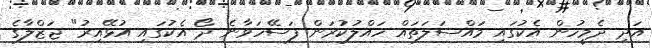
އަދި ދެމީހުން އެކުގައި މައްސަލަތައް ހައްލުކުރަން ފަސޭހަވާނެ ދޯ އެކުގައި އުޅޭއިރު" ޖަޒްލާގެ